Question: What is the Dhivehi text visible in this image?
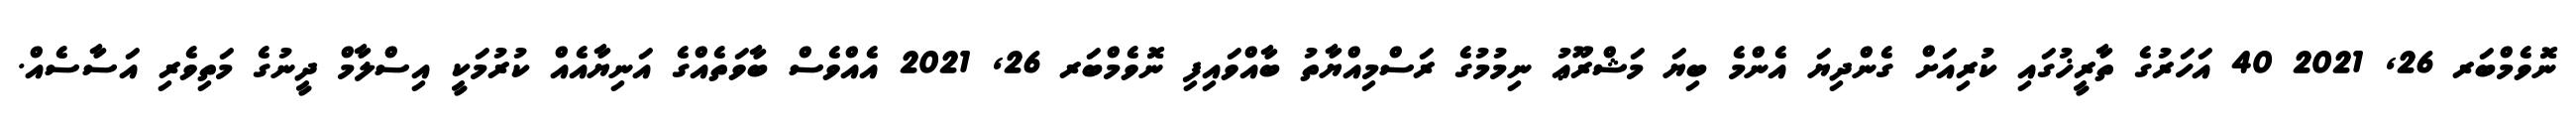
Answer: ނޮވެމްބަރ 26, 2021 40 އަހަރުގެ ތާރީޚުގައި ކުރިއަށް ގެންދިޔަ އެންމެ ބިޔަ މަޝްރޫޢު ނިމުމުގެ ރަސްމިއްޔާތު ބާއްވައިފި ނޮވެމްބަރ 26, 2021 އެއްވެސް ބާވަތެއްގެ އަނިޔާއެއް ކުރުމަކީ އިސްލާމް ދީނުގެ މަތިވެރި އަސާސެއް.